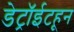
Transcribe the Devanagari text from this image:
डेट्रॉईटहून